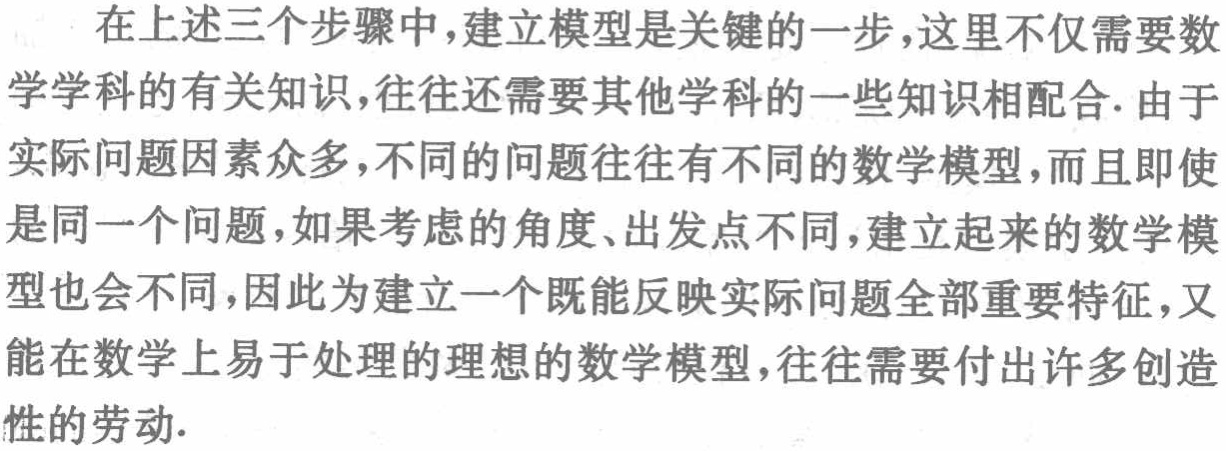
在上述三个步骤中，建立模型是关键的一步，这里不仅需要数学学科的有关知识，往往还需要其他学科的一些知识相配合. 由于实际问题因素众多，不同的问题往往有不同的数学模型，而且即使是同一个问题，如果考虑的角度、出发点不同，建立起来的数学模型也会不同，因此为建立一个既能反映实际问题全部重要特征，又能在数学上易于处理的理想的数学模型，往往需要付出许多创造性的劳动.